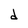
Character: d